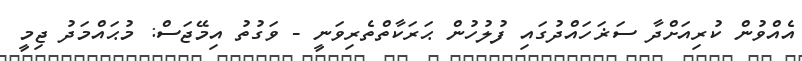
އެއްވުން ކުރިއަށްދާ ސަޜަހައްދުގައި ފުލުހުން ޙަރަކާތްތެރިވަނީ - ވަގުތު އިމޭޖަސް: މުޙައްމަދު ޖިމީ